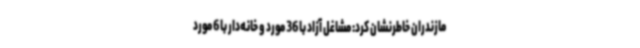
مازندران خاطرنشان کرد: مشاغل آزاد با 36 مورد و خانه‌دار با 6 مورد